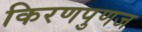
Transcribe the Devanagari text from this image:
किरणपुणज